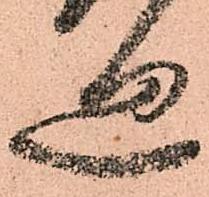
廻